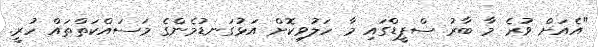
"އެއަށް ވުރެ މާ ބާރު ސްޕީޑްގައި މާ ހަލުވިކޮށް އަޅުގަނޑުމެންގެ މަސައްކަތްތައް ހުރީ.